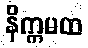
နိက္ကမထ